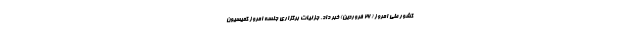
کشور طی امروز (۲۶ فروردین) خبر داد. جزئیات برگزاری جلسه امروز کمیسیون